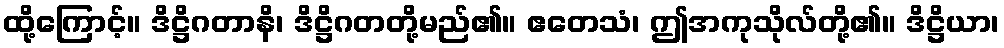
ထို့ကြောင့်။ ဒိဋ္ဌိဂတာနိ၊ ဒိဋ္ဌိဂတတို့မည်၏။ ဧတေသံ၊ ဤအကုသိုလ်တို့၏။ ဒိဋ္ဌိယာ၊